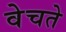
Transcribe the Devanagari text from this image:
वेचते